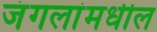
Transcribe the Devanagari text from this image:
जंगलांमधील